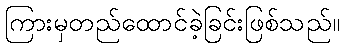
ကြားမှတည်ထောင်ခဲ့ခြင်းဖြစ်သည်။